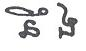
នឹ ង